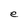
Character: e